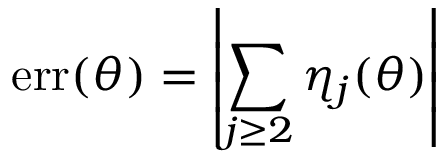
\mathrm { e r r } ( \theta ) = \left| \sum _ { j \geq 2 } \eta _ { j } ( \theta ) \right|